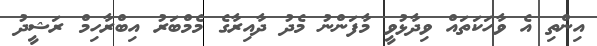
އިންތި އެ ވާހަކަތައް ވިދާޅުވީ މާފަންނު މެދު ދާއިރާގެ މެމްބަރު އިބްރާހިމް ރަޝީދު